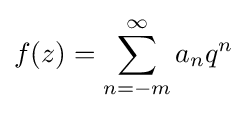
f(z)=\sum _{n=-m}^{\infty }a_{n}q^{n}